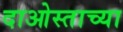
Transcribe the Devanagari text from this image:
दाओस्ताच्या